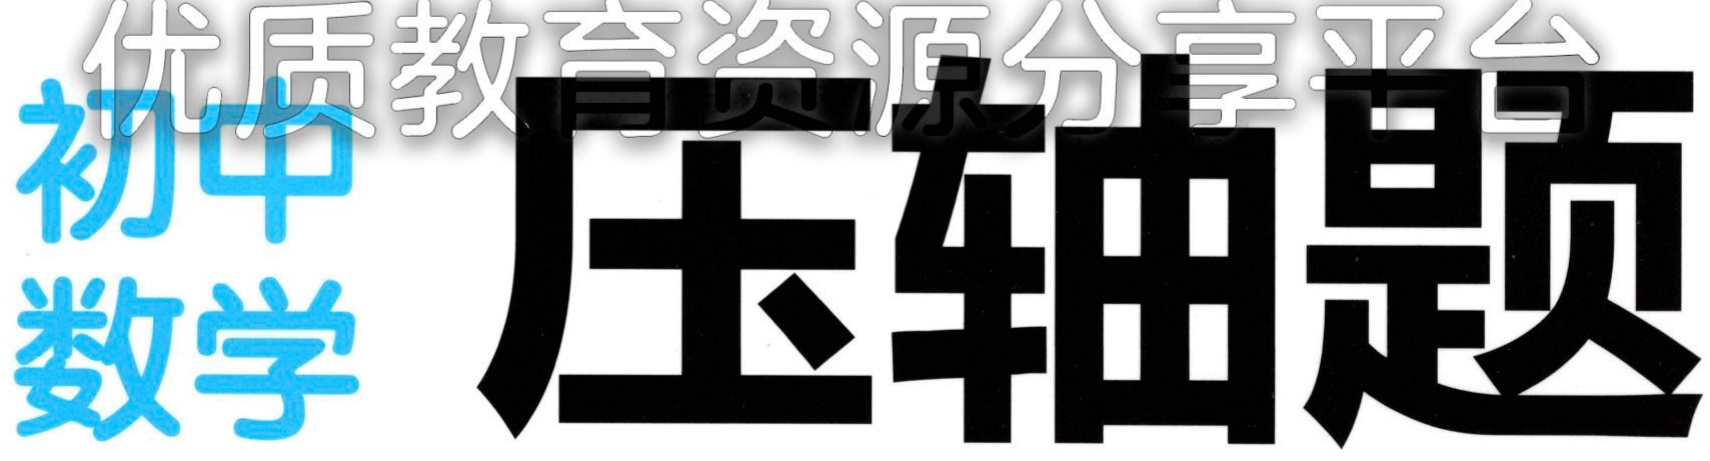
优质教育资源分享平台
初中
数学
压轴题